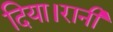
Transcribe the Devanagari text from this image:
दिया।रानी